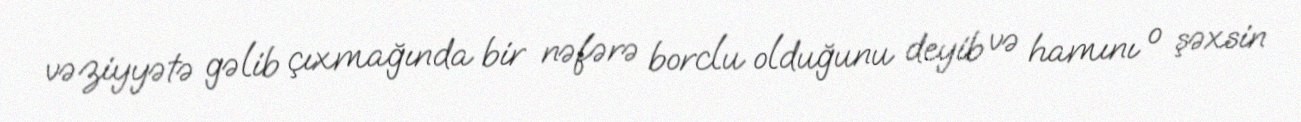
vəziyyətə gəlib çıxmağında bir nəfərə borclu olduğunu deyib və hamını o şəxsin